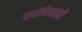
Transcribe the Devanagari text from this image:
तपांपेक्षाही